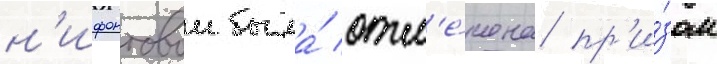
н'ифонтовои была́ отм'е́чена пр'и́зом